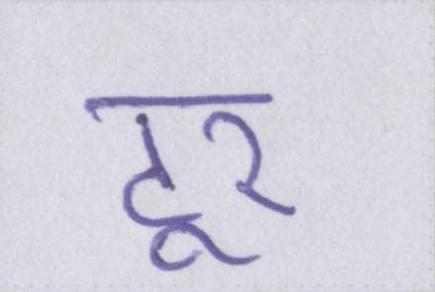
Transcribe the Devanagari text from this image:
टूर